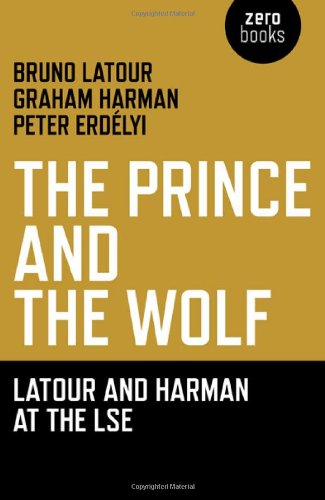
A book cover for The Prince and the Wolf: Latour and Harman at the LSE; Bruno Latour; Politics & Social Sciences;